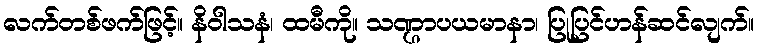
လက်တစ်ဖက်ဖြင့်။ နိဝါသနံ၊ ထမီကို။ သဏ္ဌာပယမာနာ၊ ပြုပြင်ဟန်ဆင်လျက်။